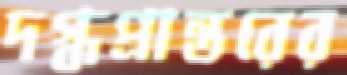
দগ্ধপ্রান্তরের